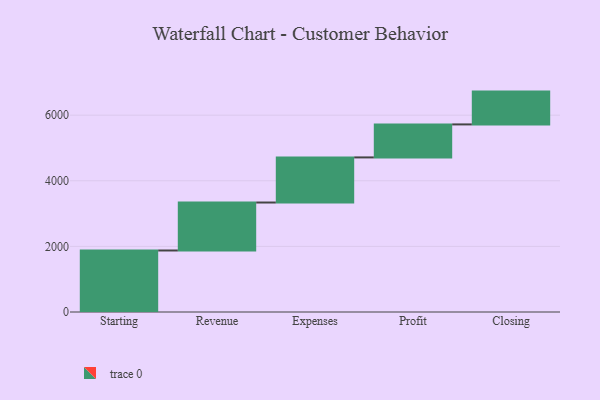
{"axis": {"x": "Step", "y": "Value"}, "legend": [""], "data": [{"x": "Starting", "y": 1875.0, "type": ""}, {"x": "Revenue", "y": 1462.0, "type": ""}, {"x": "Expenses", "y": 1375.0, "type": ""}, {"x": "Profit", "y": 1006.0, "type": ""}, {"x": "Closing", "y": 1000, "type": ""}]}